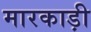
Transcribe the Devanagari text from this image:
मारकाड़ी